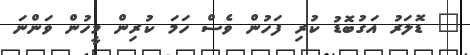
" ޑޮލަރު އަގުބޮޑު ކުރި ފަހުން ވެސް ހަމަ ކުރިން މީހުން ވަންނަ